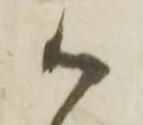
御